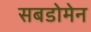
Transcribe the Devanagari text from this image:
सबडोमेन